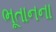
ભૂતાનના